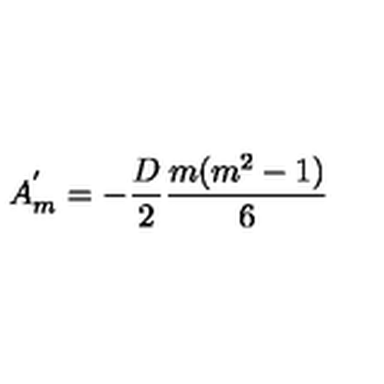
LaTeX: A _ { m } ^ { ' } = - \frac { D } { 2 } \frac { m ( m ^ { 2 } - 1 ) } { 6 }